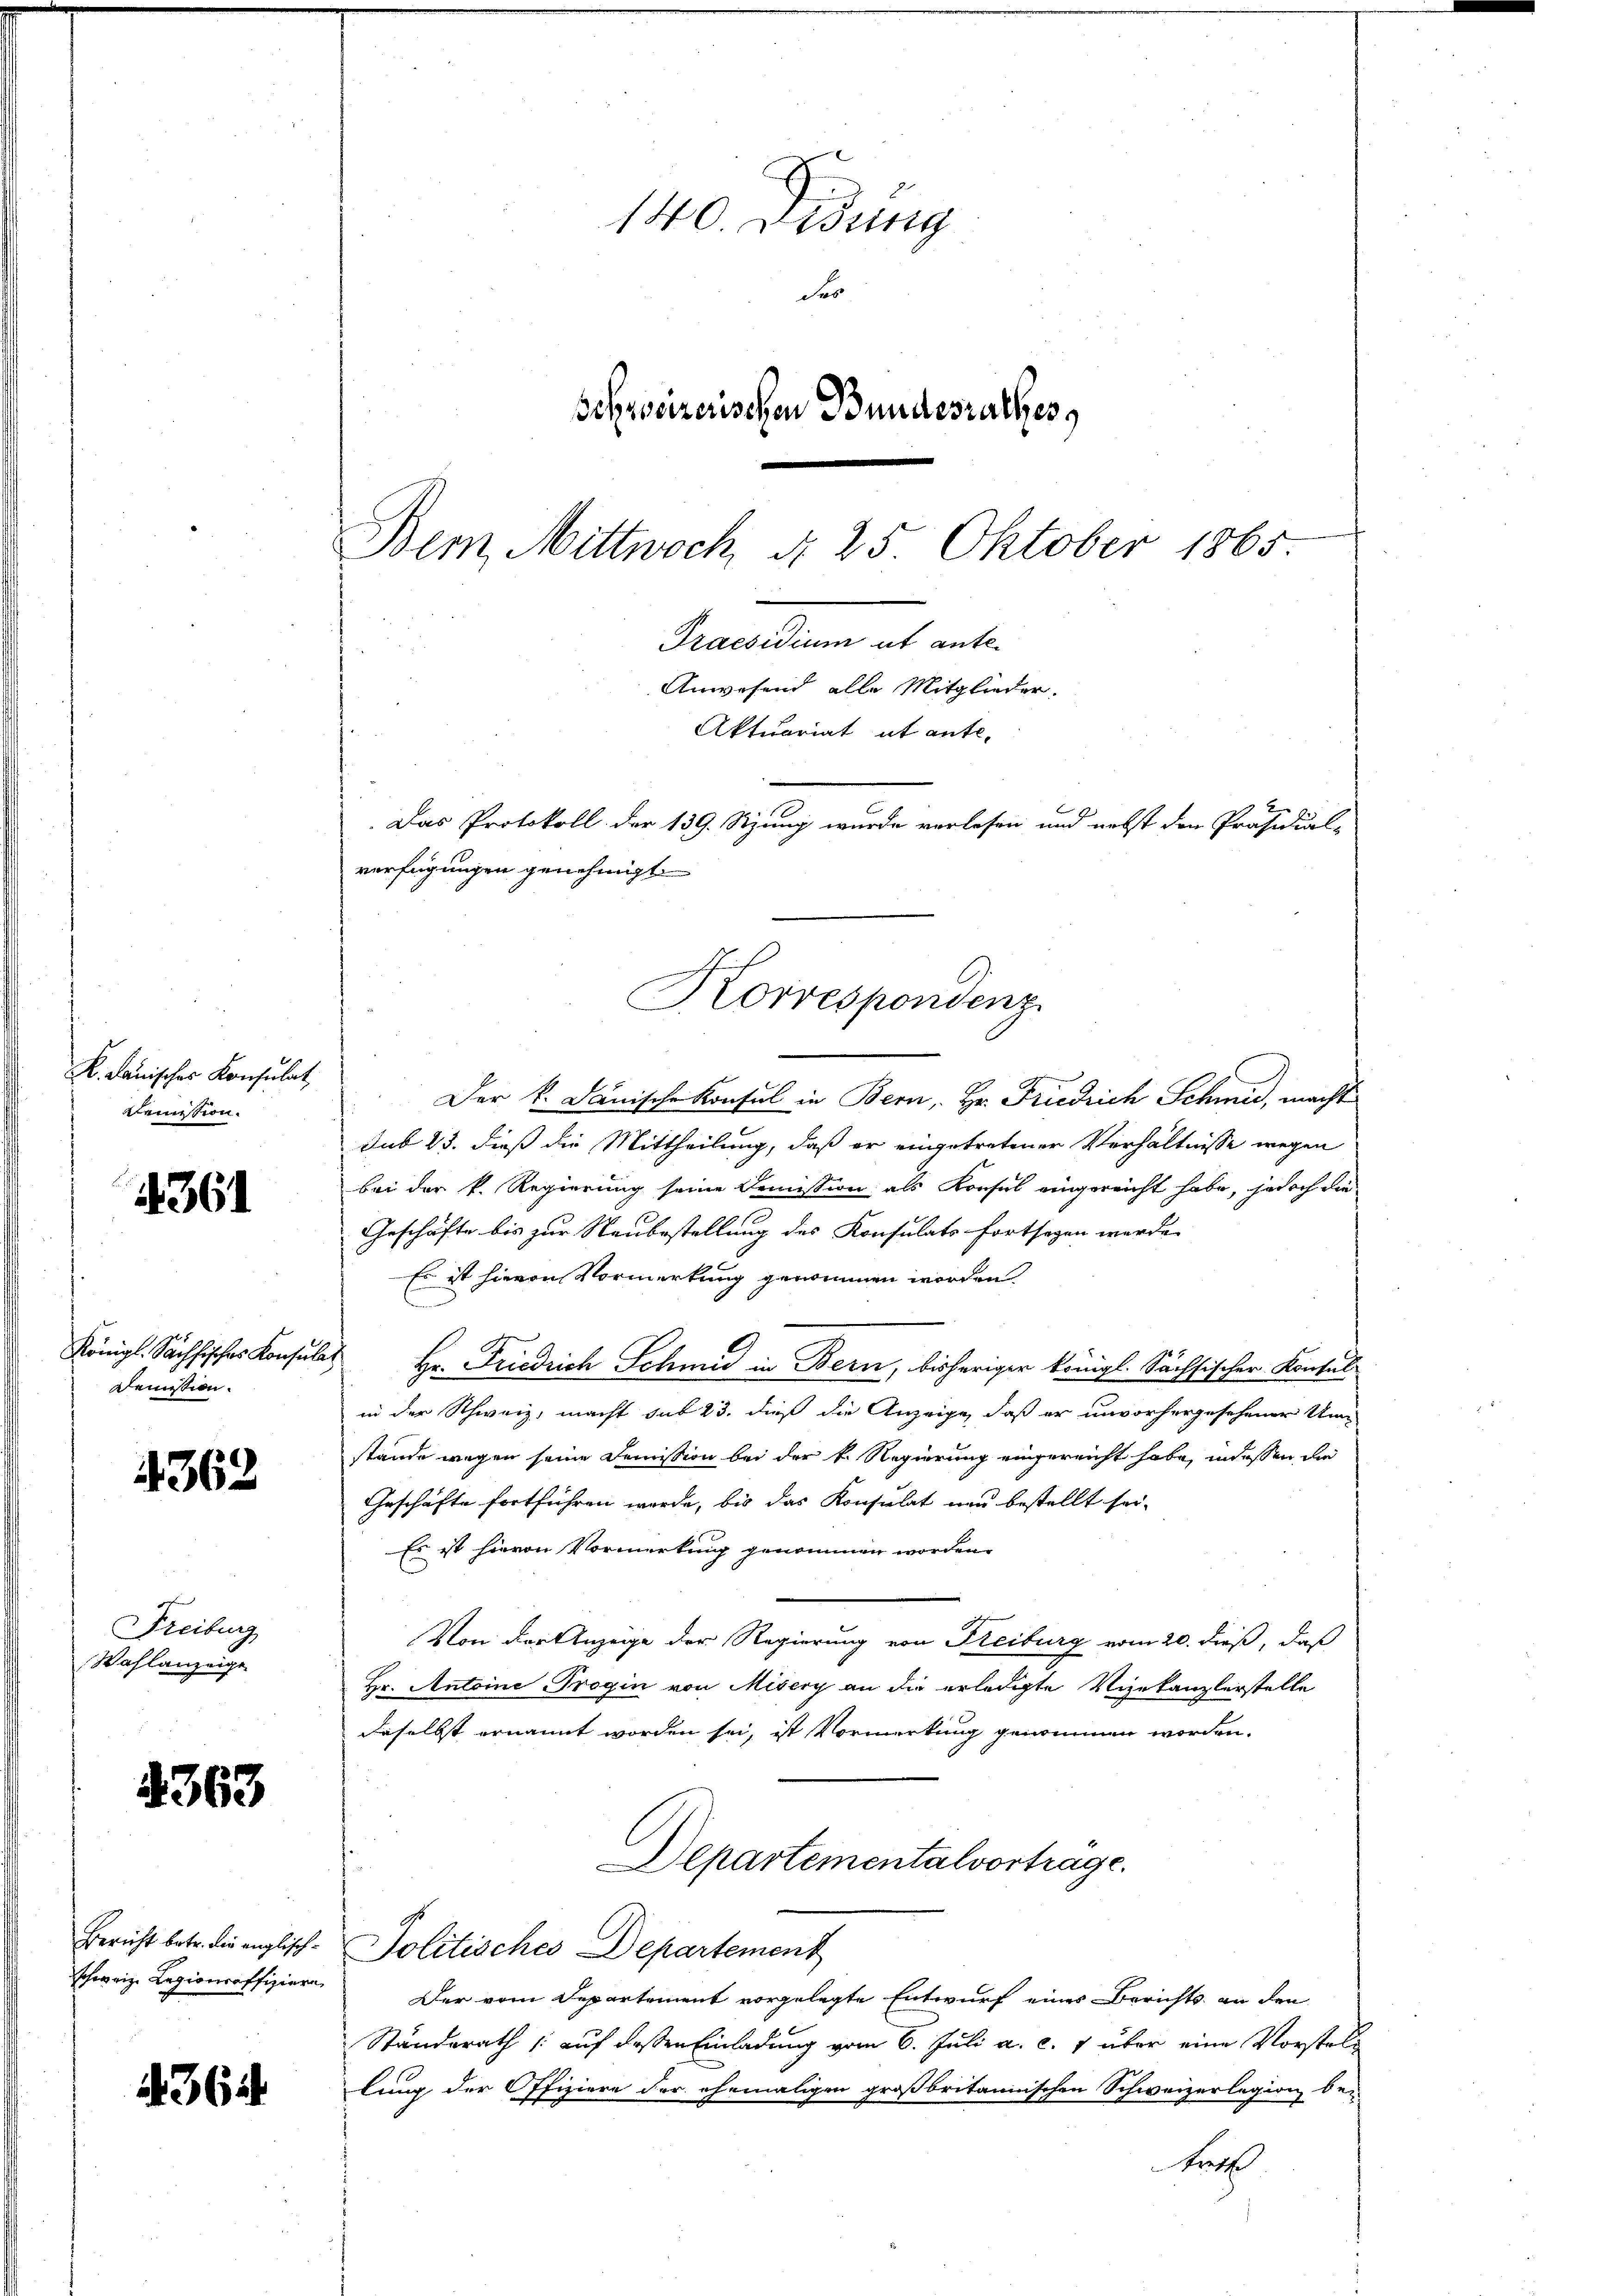
K. Lauisches Konsulat,
kemession.

4361

Königl. Sächsisches Konsuls
Demission.

4362

Freiburg
Wahlanzeige

2363

Bericht betr. die englischschweize Legioncaffiziere

4362

140. Didung
Fe
Schreizerischen Bundesrathes,
Bem Mittwoch d. 25. Oktober 1865
Praesidium et ante-

Aktuariat et ante-
Das Protokoll der 139. Sitzung wurde verlesen und nebst den Präsidial-
verfügungen genehmigt.

Anwesend alle Mitglieder.

Der k. Janische Konsul in Bern, Hr. Friedrich Schmid, macht
Sub 23. dieß die Mittheilung, daß er eingetretener Verhältnisse wegen
bei der k. Regierung seine Demission; als Konsul eingereicht habe, jedoch die
Geschäfte bis zur Neubestellung des Konsulats fortsagen werde
Es ist hievon Vormerkung genommen worden.
Hr. Friedrich Schmid in Bern, bisheriger königl. Sächsischer Kontul
in der Schweiz, macht sub 23. dieß die Anzeige, daß er unvorhergesehener Unstände wegen seine Demission bei der k. Regierung eingereicht habe, in dessen die
Geschäfte fortführen werde, bis das Konsulat und bestellt sei-
Es ist hievon Vormerkung genommen worden.
Von der Anzeige der Regierung von Freiburg vom 20. dieß, daß
Hr. Antoine Trogin von Misery an die erledigte Vizekanzlerstelle
daselbst ernannt worden sei, ist Vormerkung genommen worden.
Departementalvortrage.
Politisches Departement
Der vom Departement vorgelegte Entwurf eines Berichts an den
Standerath /: auf dessen Einladung vom 6. Juli a. c. 1 über eine Vorstellung der Offiziere der ehemaligen großbritannischen Schweizerlegion be-
trett

Korrespondenz